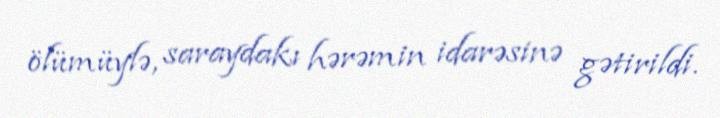
ölümüylə, saraydakı hərəmin idarəsinə gətirildi.